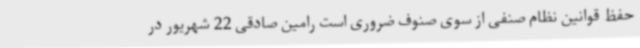
حفظ قوانین نظام صنفی از سوی صنوف ضروری است رامین صادقی 22 شهریور در